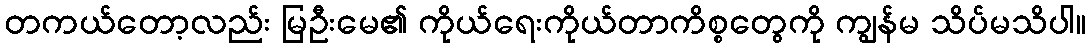
တကယ်တော့လည်း မြဦးမေ၏ ကိုယ်ရေးကိုယ်တာကိစ္စတွေကို ကျွန်မ သိပ်မသိပါ။